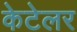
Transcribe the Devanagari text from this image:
केटेलर